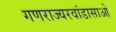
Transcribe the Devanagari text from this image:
गणराज्यरवांडासाओ